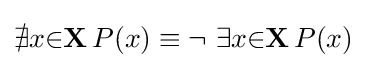
\nexists {x}{\in }\mathbf {X} \,P(x)\equiv \lnot \ \exists {x}{\in }\mathbf {X} \,P(x)